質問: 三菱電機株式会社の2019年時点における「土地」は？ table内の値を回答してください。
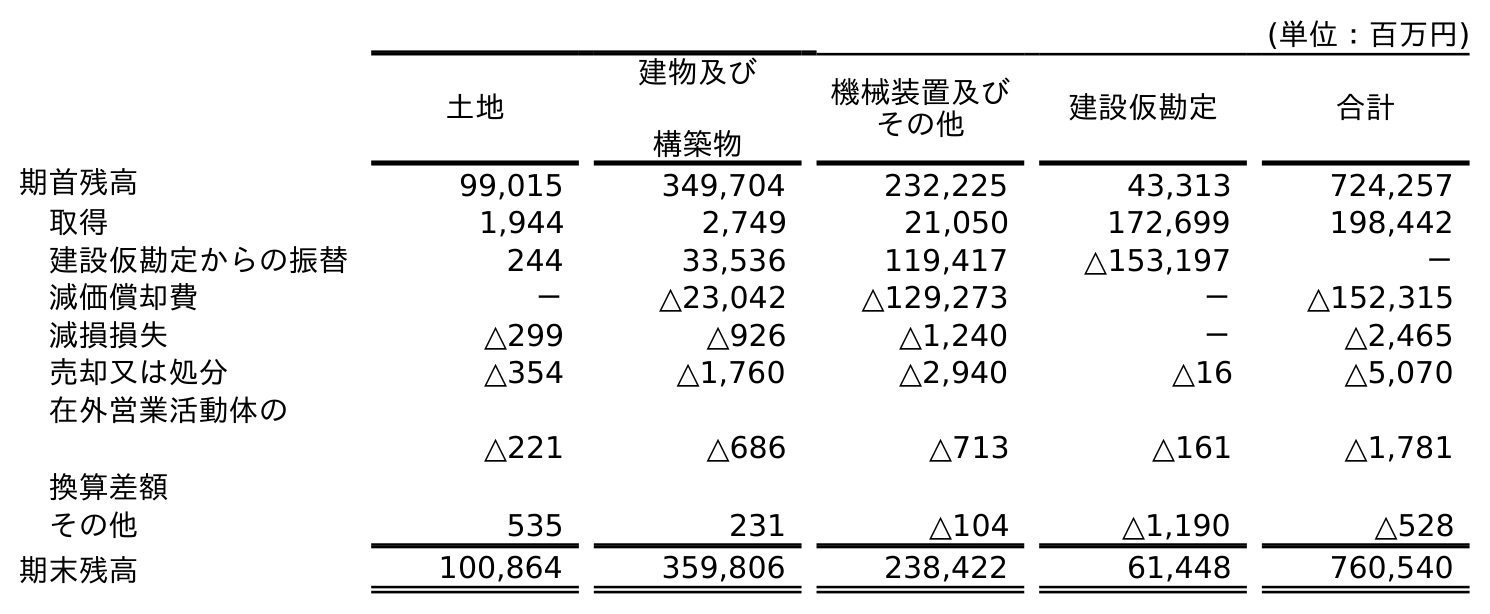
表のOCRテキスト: (単位：百万円) 土地 建物及び 構築物 機械装置及び その他 建設仮勘定 合計 期首残高 99,015 349,704 232,225 43,313 724,257 取得 1,944 2,749 21,050 172,699 198,442 建設仮勘定からの振替 244 33,536 119,417 △153,197 － 減価償却費 － △23,042 △129,273 － △152,315 減損損失 △299 △926 △1,240 － △2,465 売却又は処分 △354 △1,760 △2,940 △16 △5,070 在外営業活動体の 換算差額 △221 △686 △713 △161 △1,781 その他 535 231 △104 △1,190 △528 期末残高 100,864 359,806 238,422 61,448 760,540
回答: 100,864